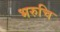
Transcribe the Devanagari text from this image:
भरुचि